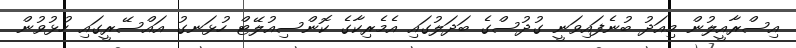
އިސްރާއީލުން މިއަދު ބުނެފައިވަނީ ގުދުސްގެ ބަދަލުގައި އެމެރިކާގެ ކޮންސިއުލޭޓް ހުޅަނގު އައްސޭރީގައި ހުޅުވުން